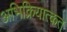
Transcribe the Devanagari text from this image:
अभिक्रियात्कत